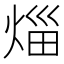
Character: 𤉣